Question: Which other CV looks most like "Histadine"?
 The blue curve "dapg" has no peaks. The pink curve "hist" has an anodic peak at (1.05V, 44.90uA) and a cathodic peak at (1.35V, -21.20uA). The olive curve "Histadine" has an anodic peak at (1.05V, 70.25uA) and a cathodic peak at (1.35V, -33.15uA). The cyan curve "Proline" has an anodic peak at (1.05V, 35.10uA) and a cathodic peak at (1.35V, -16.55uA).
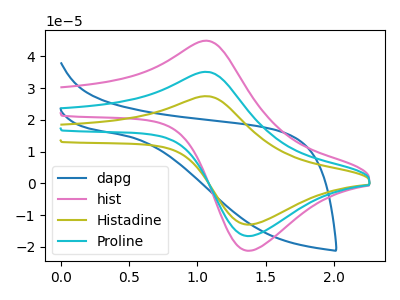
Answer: <think>"dapg" and "hist" have a different number of peaks. "dapg" and "Histadine" have a different number of peaks. "dapg" and "Proline" have a different number of peaks. All the peaks in "hist" have a peak in "Histadine" at the same potential. Every peak in "hist" is lower than every peak in "Histadine". All the peaks in "hist" have a peak in "Proline" at the same potential. Every peak in "hist" is higher than every peak in "Proline". All the peaks in "Histadine" have a peak in "Proline" at the same potential. Every peak in "Histadine" is higher than every peak in "Proline".
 </think>
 <answer>"Histadine" and "Proline" have a similar shape to "hist".</answer>
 <eval>"Histadine" "Proline"</eval>